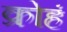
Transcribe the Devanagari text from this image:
क्रोहं